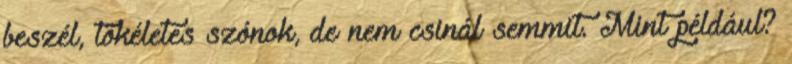
beszél, tökéletes szónok, de nem csinál semmit. Mint például?